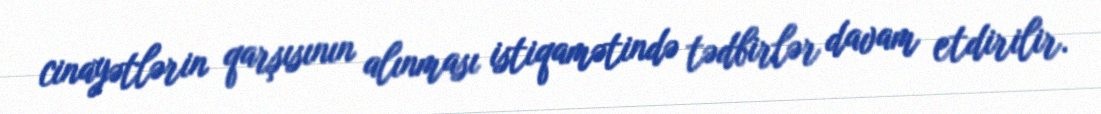
cinayətlərin qarşısının alınması istiqamətində tədbirlər davam etdirilir.